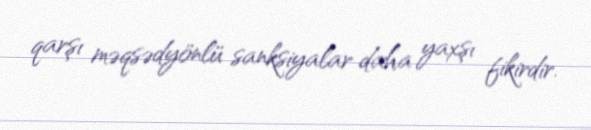
qarşı məqsədyönlü sanksiyalar daha yaxşı fikirdir.